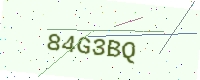
Text: 84G3BQ